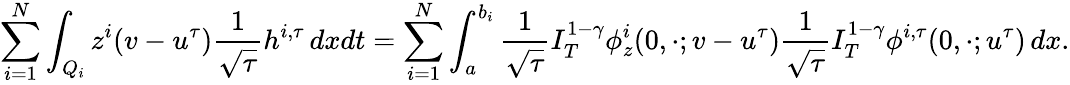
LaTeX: \sum_{i=1}^{N}\int_{Q_{i}}z^{i}(v-u^{\tau})\frac{1}{\sqrt{\tau}}h^{i,\tau}\, dxdt=\sum_{i=1}^{N}\int_{a}^{b_{i}}\frac{1}{\sqrt{\tau}}I_{T}^{1-\gamma}\phi_{z}^{i}(0,\cdot;v-u^{\tau})\frac{1}{\sqrt{\tau}}I_{T}^{1-\gamma}\phi^{i,\tau}(0,\cdot;u^{\tau})\, dx.